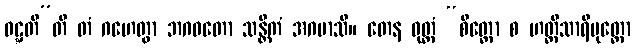
ဝဋ္ဋတီ”တိ တံ ဂဟေတွာ ဘဂဝတော သန္တိကံ အဂမာသိ။ တေန ဝုတ္တံ “စိတ္တော စ ဟတ္ထိသာရိပုတ္တော